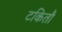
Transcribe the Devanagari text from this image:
टकितौ